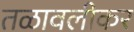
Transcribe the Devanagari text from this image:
तळावलीकर